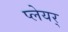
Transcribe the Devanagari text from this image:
प्लेयर्